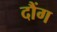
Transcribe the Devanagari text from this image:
दौंग